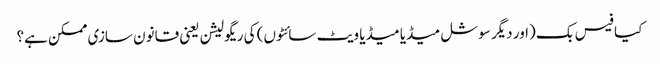
کیا فیس بک (اور دیگر سوشل میڈیا میڈیا ویٹ سائٹوں) کی ریگولیشن یعنی قانون سازی ممکن ہے؟